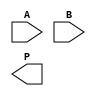
module wallace_tree_multiplier(
    input [3:0] A,  // Multiplicand
    input [3:0] B,  // Multiplier
    output [7:0] P  // Product output
);

    // Partial product generation
    wire [3:0] pp[3:0];  // Partial products
    genvar i, j;
    generate 
        for (i = 0; i < 4; i = i + 1) begin : pp_gen
            for (j = 0; j < 4; j = j + 1) begin : pp_gen_inner
                assign pp[i][j] = A[i] & B[j];
            end
        end
    endgenerate

    // Stage 1: Partial product reduction
    wire [4:0] stage1[2:0];  // First stage outputs (5 bits to accommodate carry)
    // Grouping: 0+1, 2+3
    assign stage1[0] = {1'b0, pp[0]} + {1'b0, pp[1]};
    assign stage1[1] = {1'b0, pp[2]} + {1'b0, pp[3]};
    
    // Stage 2: Second stage reduction
    wire [5:0] stage2;  // Second stage output (6 bits to accommodate carry)
    assign stage2 = stage1[0] + {1'b0, stage1[1][4:0]};
    
    // Stage 3: Final output
    assign P = stage2 + {1'b0, stage1[1][5], stage1[1][4:1]};

endmodule